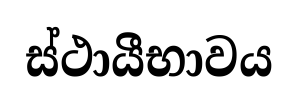
ස්ථායීභාවය